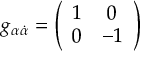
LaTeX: { \hat { \tilde { S } } } _ { i } = \left( { { \hat { \tilde { s } } _ { i } } \atop 0 } { 0 \atop { { \hat { s } } _ { i } } } \right) .